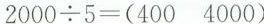
$$2 0 0 0 \div 5 = ( 4 0 0 4 0 0 0 )$$